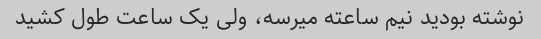
نوشته بودید نیم ساعته میرسه، ولی یک ساعت طول کشید